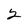
Character: 2